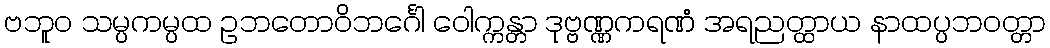
ဗဘူဝ သမ္ပကမ္ပထ ဥဘတောဝိဘင်္ဂေါ ဝေါက္ကန္တာ ဒုဗ္ဗဏ္ဏကရဏံ အရညတ္ထာယ နာထပ္ပဘဝတ္တာ